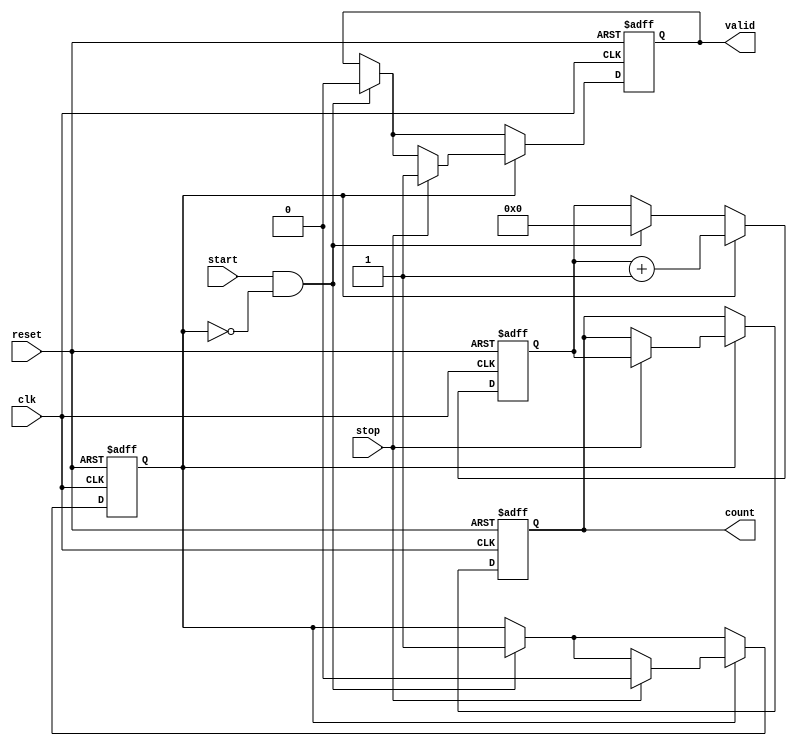
module TDC (
    input wire clk,          // Clock signal
    input wire reset,        // Asynchronous reset
    input wire start,        // Start signal
    input wire stop,         // Stop signal
    output reg [15:0] count, // Output count value (16-bit)
    output reg valid         // Output valid signal
);

    // Parameters
    parameter DELAY_COUNT = 16; // Number of delay elements in the delay line
    reg [DELAY_COUNT-1:0] delay_line; // Delay line
    reg [15:0] counter; // Counter for clock cycles
    reg counting; // State to indicate if counting is active

    // Asynchronous reset and counting logic
    always @(posedge clk or posedge reset) begin
        if (reset) begin
            count <= 16'b0;
            counter <= 16'b0;
            counting <= 1'b0;
            valid <= 1'b0;
            delay_line <= 0;
        end else begin
            // Start counting on START signal
            if (start && !counting) begin
                counting <= 1'b1;
                counter <= 16'b0; // Reset counter
                valid <= 1'b0; // Reset valid signal
            end
            
            // Increment counter while counting
            if (counting) begin
                counter <= counter + 1;
                // Capture the count value on STOP signal
                if (stop) begin
                    count <= counter; // Store the count value
                    valid <= 1'b1; // Indicate valid output
                    counting <= 1'b0; // Stop counting
                end
            end
        end
    end

    // Delay line logic (simple example using a shift register)
    always @(posedge clk) begin
        if (counting) begin
            delay_line <= {delay_line[DELAY_COUNT-2:0], 1'b1}; // Shift in a new delay
        end else begin
            delay_line <= 0; // Reset delay line when not counting
        end
    end

endmodule